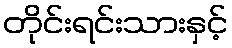
တိုင်းရင်းသားနှင့်